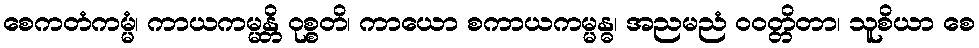
စေကတံကမ္မံ၊ ကာယကမ္မန္တိ ဝုစ္စတိ၊ ကာယော စကာယကမ္မန္ဓ၊ အညမညံ ဝဝတ္တိတာ၊ သူစိယာ စေ